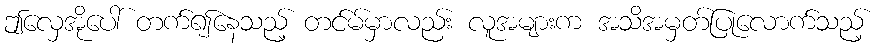
ဤလှေအိုပေါ် တက်၍နေသည့် တင်မ်မှာလည်း လူအများက အသိအမှတ်ပြုလောက်သည့်